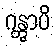
ဂန္တွာပိ